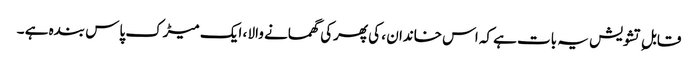
قابل ِ تشویش یہ بات ہے کہ اس خاندان ، کی پھرکی گھمانے والا ، ایک میڑک پاس بندہ ہے ۔